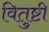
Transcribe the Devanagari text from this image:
वितुष्टी